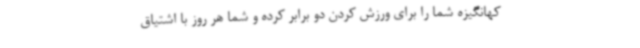
کهانگیزه شما را برای ورزش کردن دو برابر کرده و شما هر روز با اشتیاق